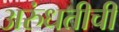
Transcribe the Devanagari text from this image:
अरुंधतीची